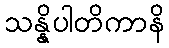
သန္နိပါတိကာနိ